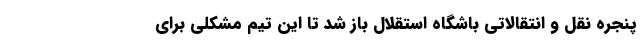
پنجره نقل و انتقالاتی باشگاه استقلال باز شد تا این تیم مشکلی برای